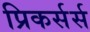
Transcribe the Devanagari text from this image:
प्रिकर्सर्स